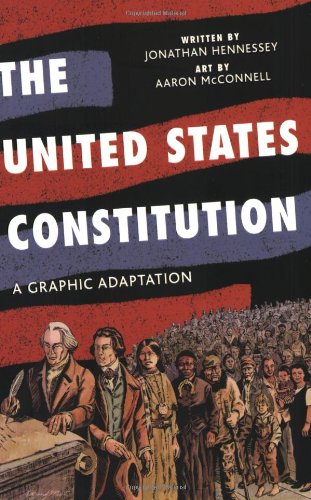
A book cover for The United States Constitution: A Graphic Adaptation; Jonathan Hennessey; Comics & Graphic Novels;